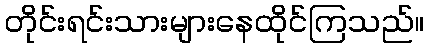
တိုင်းရင်းသားများနေထိုင်ကြသည်။